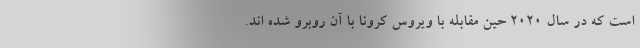
است که در سال ۲۰۲۰ حین مقابله با ویروس کرونا با آن روبرو شده اند.